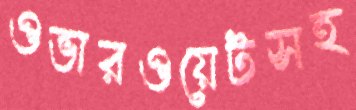
ওভারওয়েটসহ